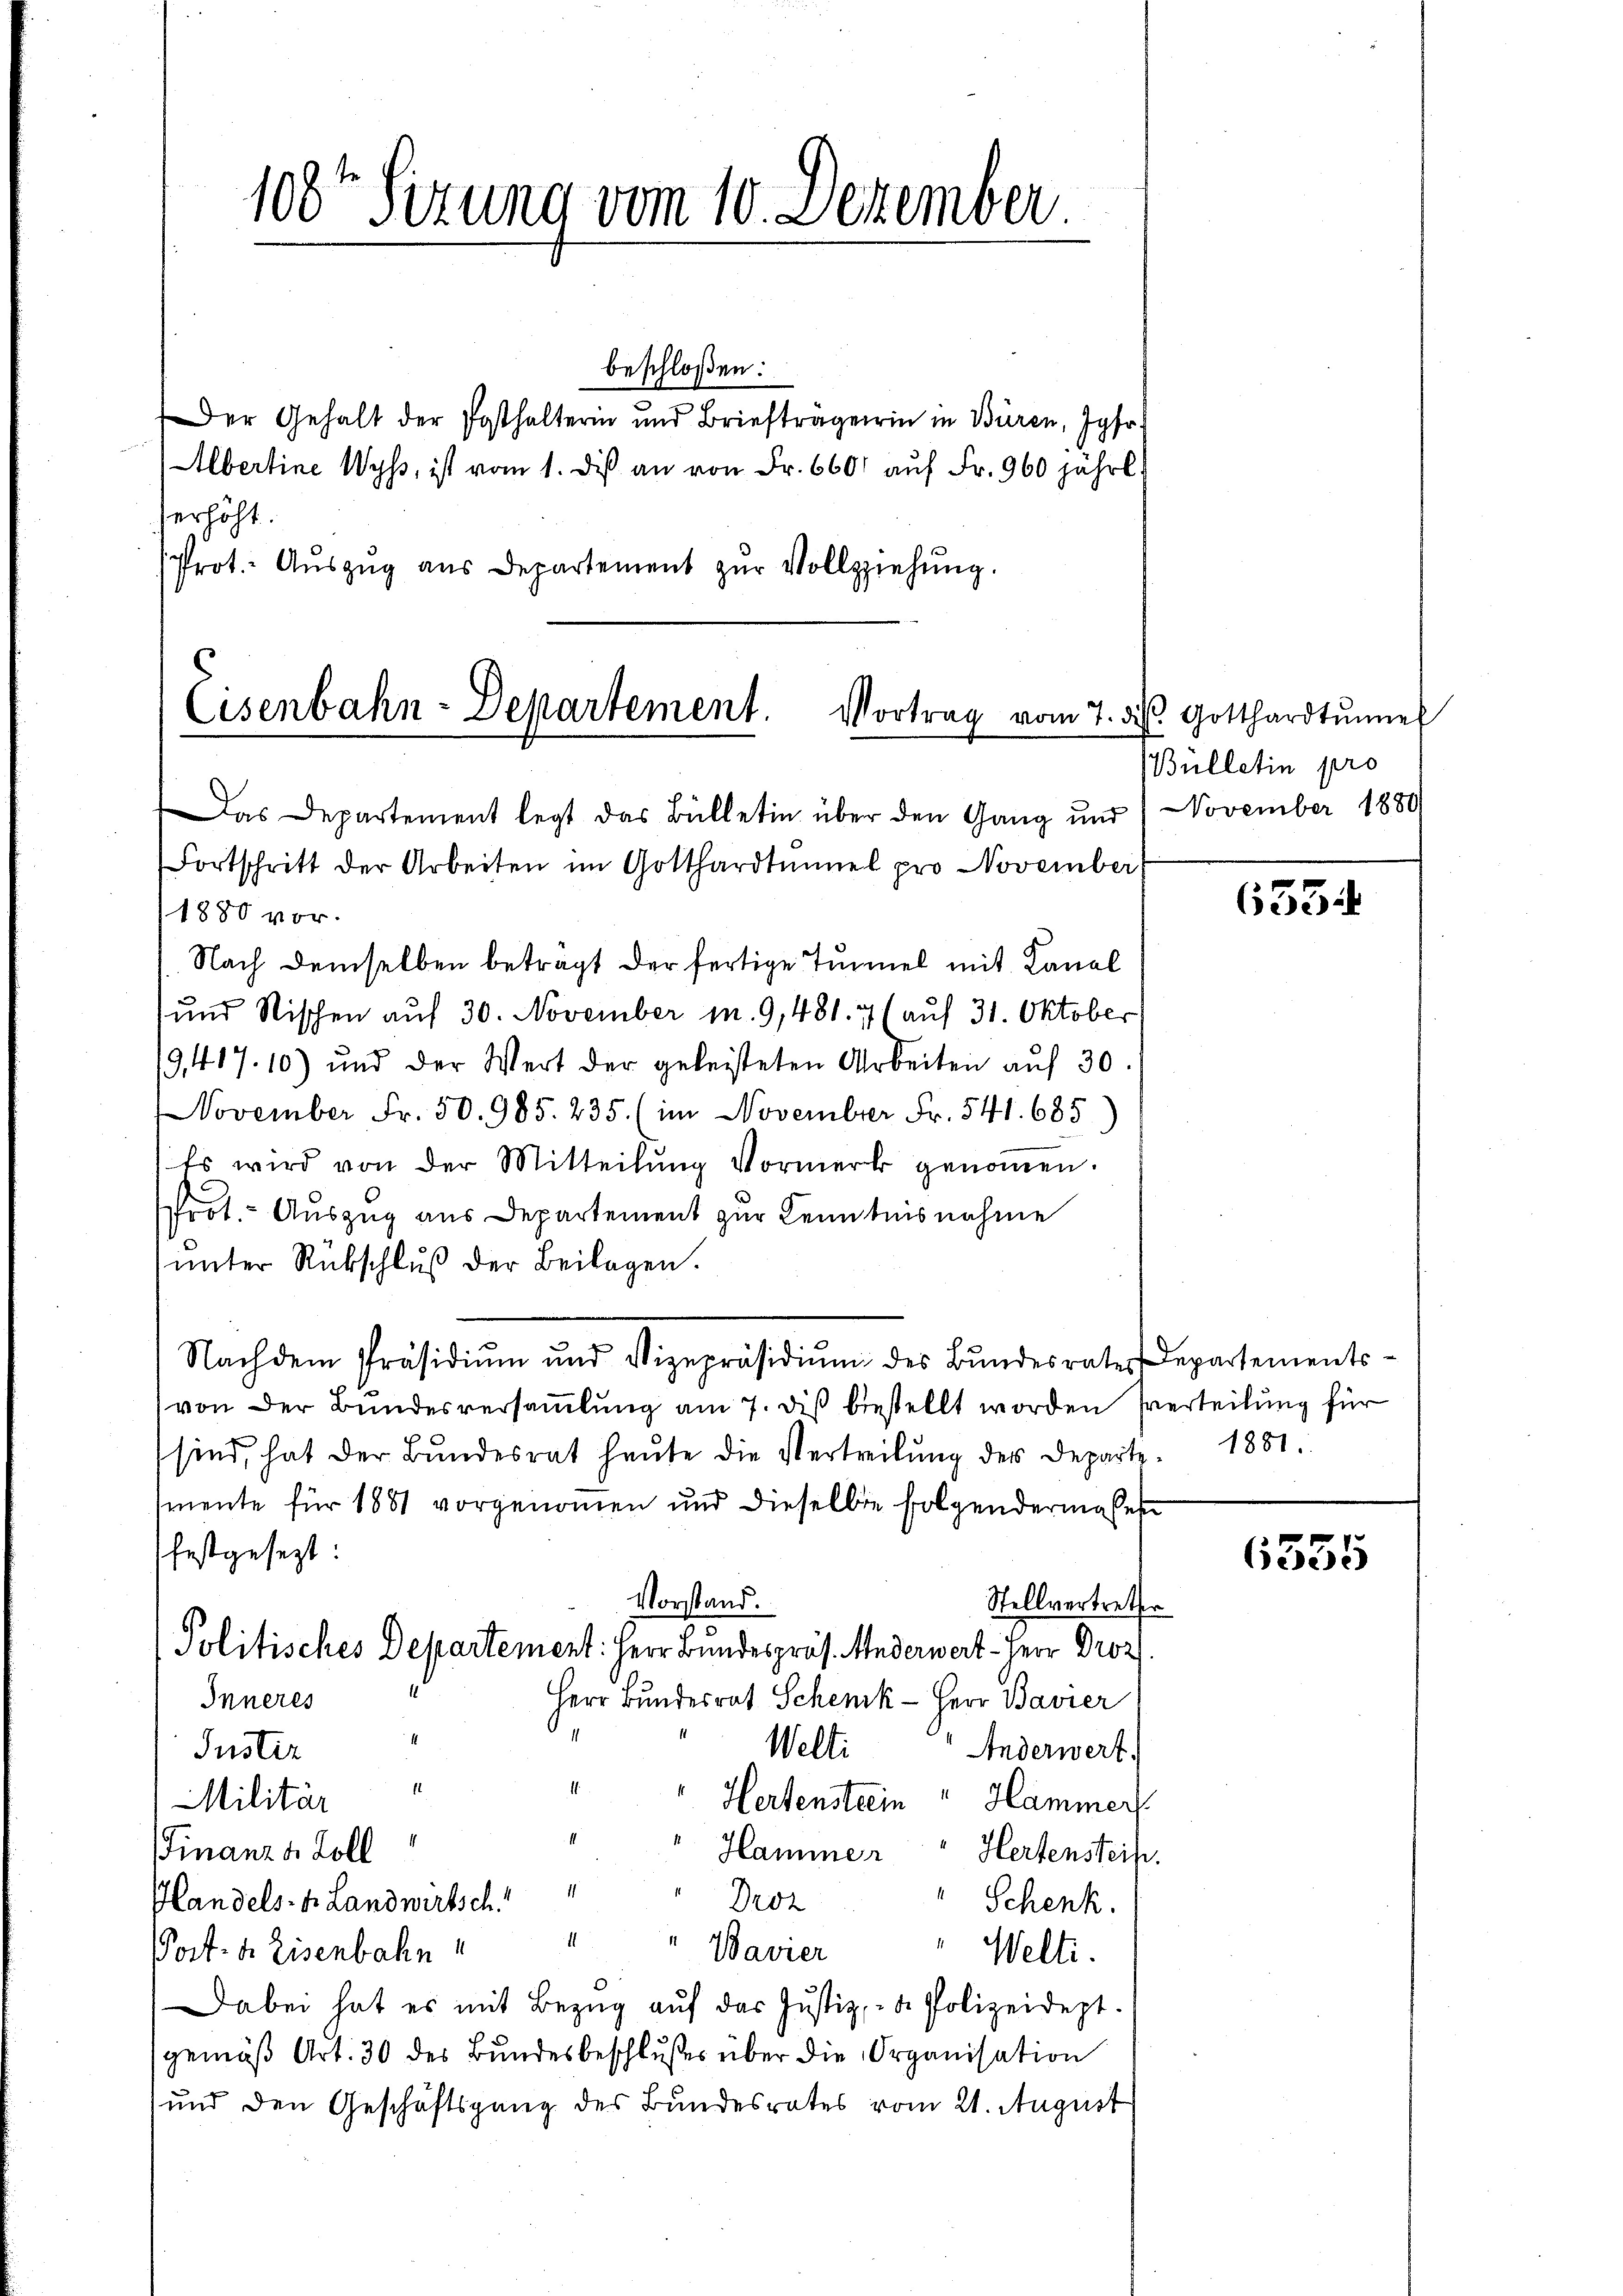
108te Sitzung vom 10. Dezember.

beschloßen:
Der Gehalt der Posthalterin und Briefträgerin in Büren, Jgfr.
Albertine Wyss, ist vom 1. dis an von Fr. 660 auf Fr. 960 jährl.
serhöht.
Prot. Aŭszŭg aŭs Departement zŭr Vollziehung.

Cisenbahn-Departement.
Das Departement legt das Bülletin über den Gang und 1 November 1889

Fortschritt der Arbeiten im Gotthardtunnel pro November
1880 vor.
Nach demselben beträgt der fertige Tunnel mit Kanal
und Nischen auf 30. November m. 9,481. 7 (auf 31. Oktober
19, 417.10) und der Wert der geleisteten Arbeiten aŭf 30.
November Fr. 50. 985. 235. (im November Fr. 541. 685
Es wird von der Mitteilŭng Vormerk genoṁen.
Prot. - Auszug aus Departement zur Kenntnisnahme
ŭnter Rückschlŭβ der Beilagen.
Nachdem Präsidiŭm und Vizepräsidiŭm des Bŭndesrater Departements-
von der Bundesversamlung am 7. diß bestellt worden verteilung für
sind, hat der Bŭndesrat heŭte die Vertreibŭng des Depart. 1881.
mente für 1881 vorgenommen und dieselbe folgendermaßen
festgesezt:
Vorstand.
Stellvertretter
Politisches Departement: Herr Bundespräs. Anderwert - Herr Droz
Herr Bundesrat Schenk - Herr Bavier
Inneres
1
Welti
Justiz
Anderwert.
1
1
Hertenstrein " Hammer
Militär
(Finanze Zoll
"Hammer " Hertensteih.
Handels- u Landwirtsch
" Schenk.
Droz
1
" Bavier " Welti.
Post- u. Eisenbahn
Dabei hat es mit Bezŭg aŭf das Justiz- & Polizeidept.
gemäβ Art. 30 des Bundesbeschlußes über die Organisation
und den Geschäftsgang des Bundesrates vom 21. August

Vortrag vom 7. d. Gotthardtŭne
Bülletin pro

633

6335